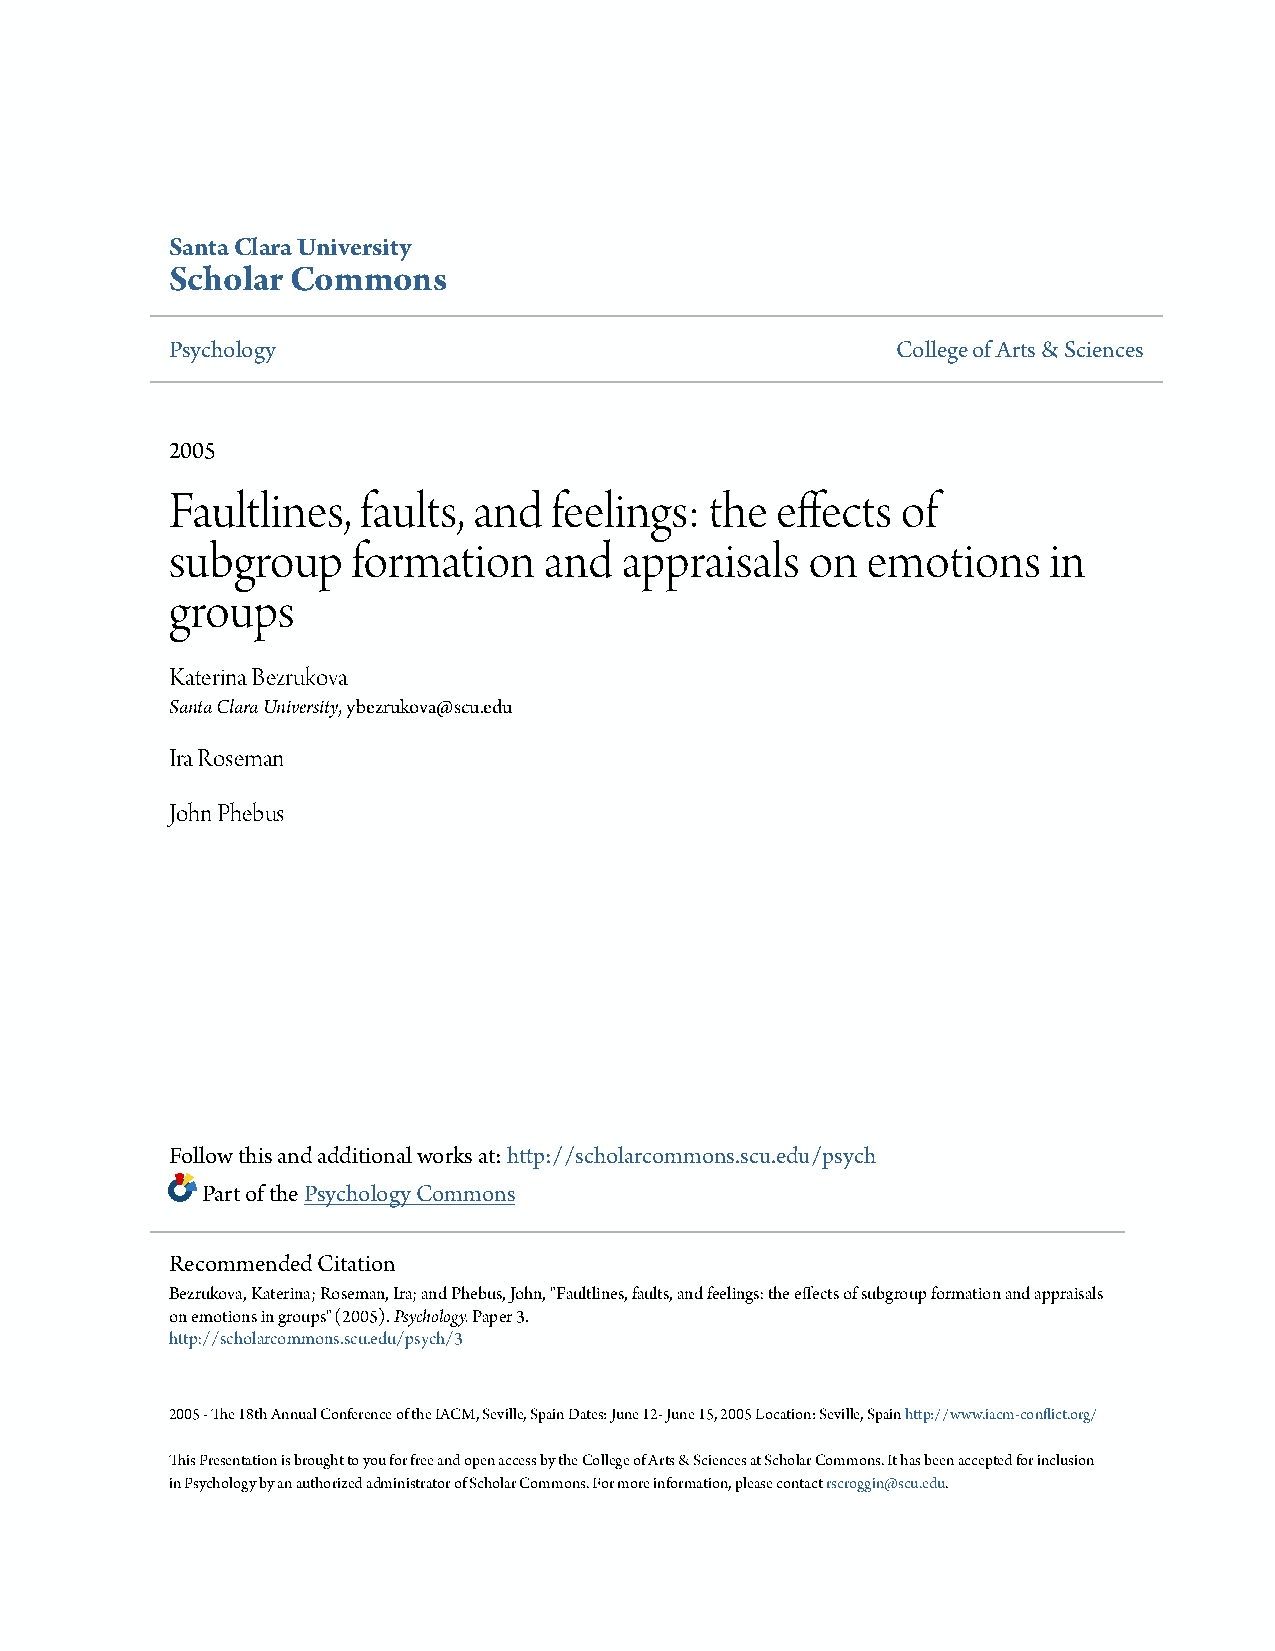
Santa Clara University
 Scholar Commons
 Psychology                                      College of Arts & Sciences
 2005
 Faultlines,  faults, and feelings:  the effects  of
 subgroup    formation    and  appraisals   on emotions    in
 groups
 Katerina Bezrukova
 Santa Clara University, ybezrukova@scu.edu
 Ira Roseman
 John Phebus
 Follow this and additional works at:http://scholarcommons.scu.edu/psych
 Part of thePsychology Commons
 Recommended Citation
 Bezrukova, Katerina; Roseman, Ira; and Phebus, John, "Faultlines, faults, and feelings: the effects of subgroup formation and appraisals
 on emotions in groups" (2005).Psychology.Paper 3.
 http://scholarcommons.scu.edu/psych/3
 2005 - The 18th Annual Conference of the IACM, Seville, Spain Dates: June 12- June 15, 2005 Location: Seville, Spainhttp://www.iacm-conflict.org/
 This Presentation is brought to you for free and open access by the College of Arts & Sciences at Scholar Commons. It has been accepted for inclusion
 in Psychology by an authorized administrator of Scholar Commons. For more information, please contactrscroggin@scu.edu.